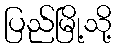
ပြည်မြို့သို့